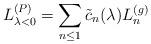
LaTeX: \begin{align*}L_{\lambda <0}^{(P)}=\sum_{n\leq 1}\tilde{c}_{n}(\lambda )L_{n}^{(g)}\end{align*}